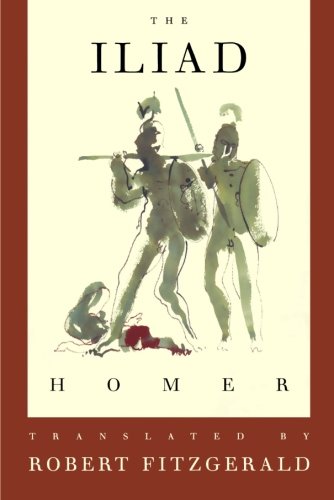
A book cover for The Iliad: The Fitzgerald Translation; Homer; Literature & Fiction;